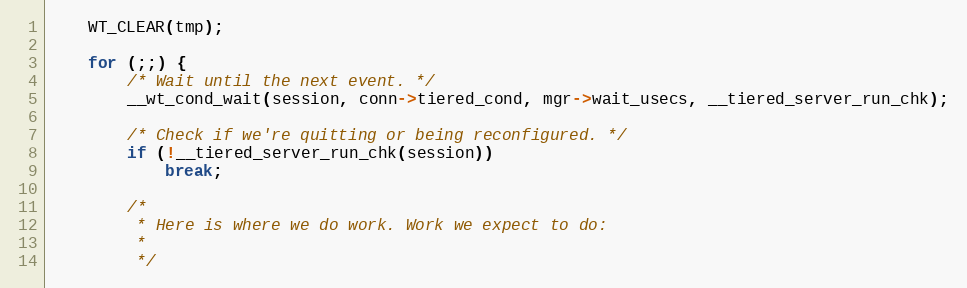
Language: C
    WT_CLEAR(tmp);

    for (;;) {
        /* Wait until the next event. */
        __wt_cond_wait(session, conn->tiered_cond, mgr->wait_usecs, __tiered_server_run_chk);

        /* Check if we're quitting or being reconfigured. */
        if (!__tiered_server_run_chk(session))
            break;

        /*
         * Here is where we do work. Work we expect to do:
         *
         */